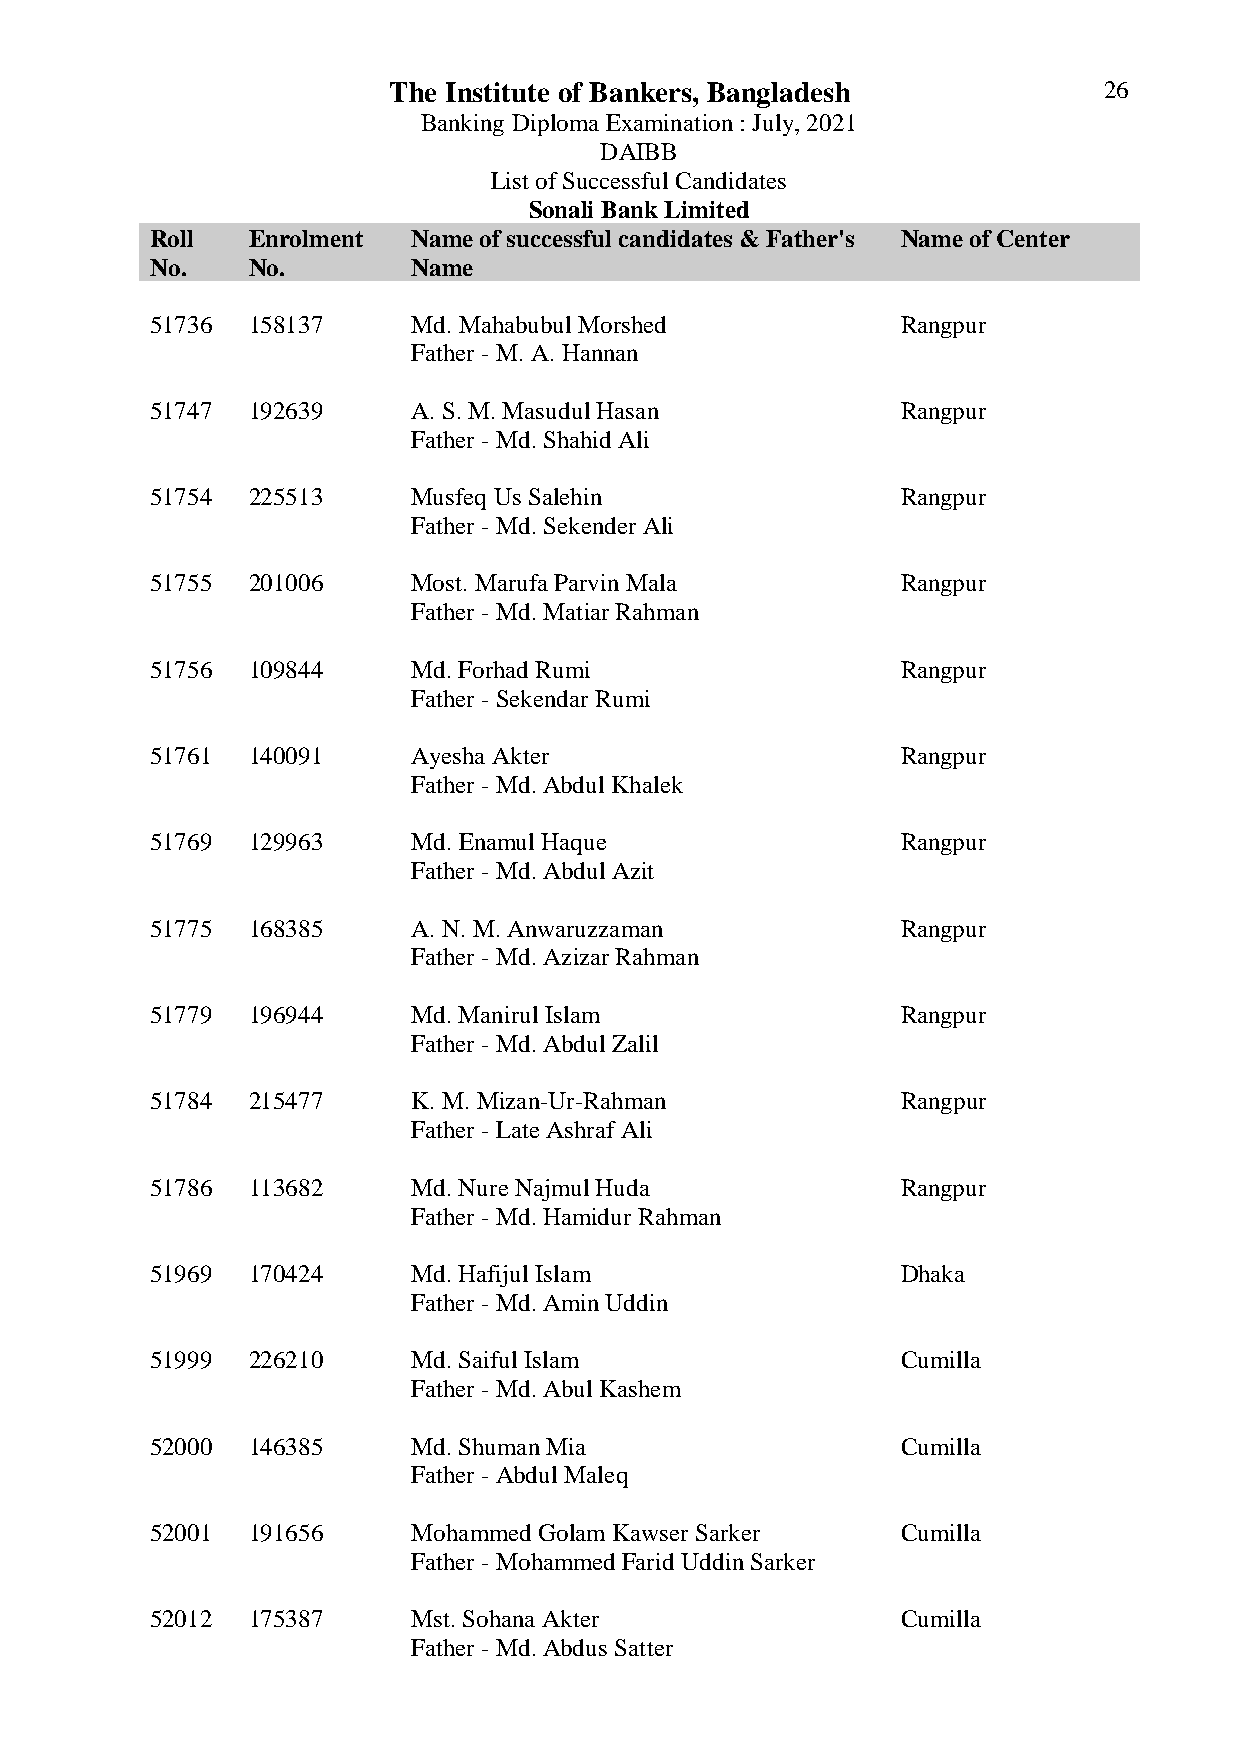
The Institute of Bankers, Bangladesh           26
 Banking Diploma Examination : July, 2021
 DAIBB
 List of Successful Candidates
 Sonali Bank Limited
 Roll  Enrolment  Name of successful candidates & Father's Name of Center
 No.   No.        Name
 51736 158137     Md. Mahabubul Morshed            Rangpur
 Father - M. A. Hannan
 51747 192639     A. S. M. Masudul Hasan           Rangpur
 Father - Md. Shahid Ali
 51754 225513     Musfeq Us Salehin                Rangpur
 Father - Md. Sekender Ali
 51755 201006     Most. Marufa Parvin Mala         Rangpur
 Father - Md. Matiar Rahman
 51756 109844     Md. Forhad Rumi                  Rangpur
 Father - Sekendar Rumi
 51761 140091     Ayesha Akter                     Rangpur
 Father - Md. Abdul Khalek
 51769 129963     Md. Enamul Haque                 Rangpur
 Father - Md. Abdul Azit
 51775 168385     A. N. M. Anwaruzzaman            Rangpur
 Father - Md. Azizar Rahman
 51779 196944     Md. Manirul Islam                Rangpur
 Father - Md. Abdul Zalil
 51784 215477     K. M. Mizan-Ur-Rahman            Rangpur
 Father - Late Ashraf Ali
 51786 113682     Md. Nure Najmul Huda             Rangpur
 Father - Md. Hamidur Rahman
 51969 170424     Md. Hafijul Islam                Dhaka
 Father - Md. Amin Uddin
 51999 226210     Md. Saiful Islam                 Cumilla
 Father - Md. Abul Kashem
 52000 146385     Md. Shuman Mia                   Cumilla
 Father - Abdul Maleq
 52001 191656     Mohammed Golam Kawser Sarker     Cumilla
 Father - Mohammed Farid Uddin Sarker
 52012 175387     Mst. Sohana Akter                Cumilla
 Father - Md. Abdus Satter